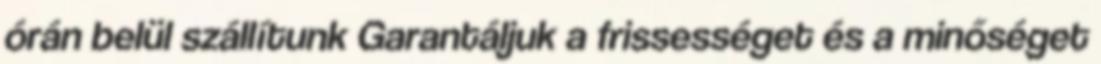
órán belül szállítunk Garantáljuk a frissességet és a minőséget